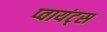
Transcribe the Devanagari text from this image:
प्वायंट्स